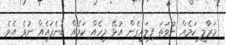
މަރާލީ ކަމެއް ނުވަތަ ފިލައިގެން އުޅޭ މީހެއް ކަމެއް ބުނެފައެއް ނުވެ އެެވެ.